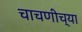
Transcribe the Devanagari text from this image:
चाचणीच्या